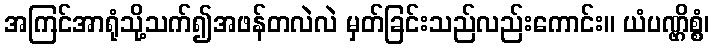
အကြင်အာရုံသို့သက်၍အဖန်တလဲလဲ မှတ်ခြင်းသည်လည်းကောင်း။ ယံပဏ္ဌိစ္စံ၊